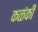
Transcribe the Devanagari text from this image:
कळंकी